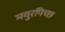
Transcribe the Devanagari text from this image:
मयुरपिच्छ